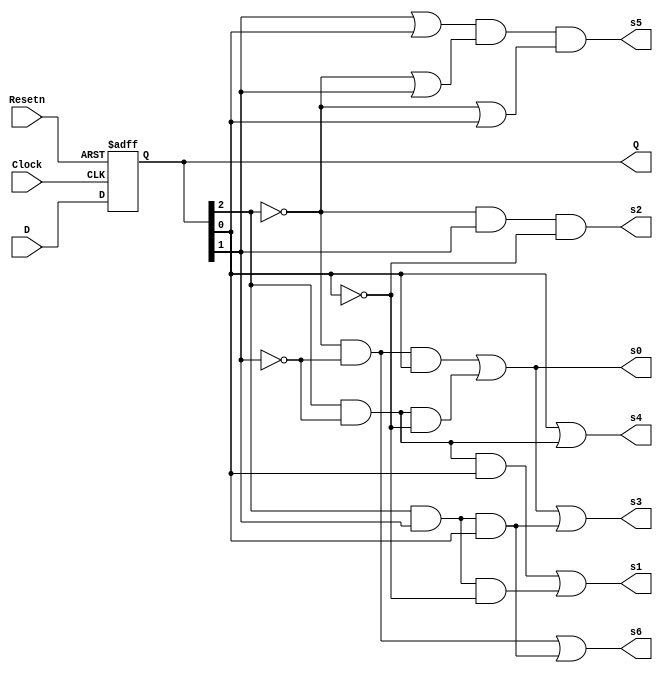
module reg3(D, Clock, Resetn, Q, s0, s1, s2, s3, s4, s5, s6);

	input [2:0] D;
	input Clock, Resetn;
	output reg [2:0] Q;
	output s0, s1, s2, s3, s4, s5, s6;
	
	always @(posedge Clock, negedge Resetn)
	if (Resetn == 0)
		Q <= 3'b000; // Q <= 0 achieves same result
	else
		Q <= D;
	
	
	assign s0 = (!Q[2] & !Q[1] &  Q[0]) |  
					( Q[2] & !Q[1] & !Q[0]) ;
	
	assign s1 = ( Q[2] & !Q[1] &  Q[0]) |  
					( Q[2] &  Q[1] & !Q[0]) ;
	
	assign s2 = (!Q[2] &  Q[1] & !Q[0]) ;
	
	assign s3 = (!Q[2] & !Q[1] &  Q[0]) |  
					( Q[2] & !Q[1] & !Q[0]) |  
					( Q[2] &  Q[1] &  Q[0]) ;
	
	assign s4 = (                 Q[0]) |  
					( Q[2] & !Q[1]        ) ;  
	
	assign s5 = (         Q[1] |  Q[0]) &  
					(!Q[2] |  Q[1]        ) &  
					(!Q[2] |          Q[0]) ;
	
	assign s6 = (!Q[2] & !Q[1]        ) |  
					( Q[2] &  Q[1] &  Q[0]) ;

endmodule